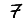
Digit: 7